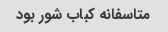
متاسفانه کباب شور بود